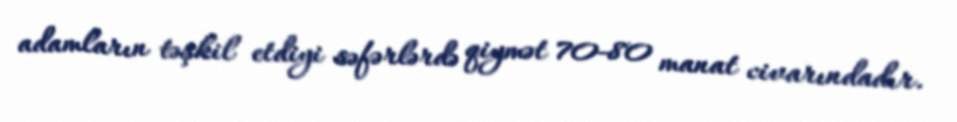
adamların təşkil etdiyi səfərlərdə qiymət 70-80 manat civarındadır.